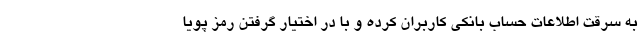
به سرقت اطلاعات حساب بانکی کاربران کرده و با در اختیار گرفتن رمز پویا